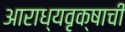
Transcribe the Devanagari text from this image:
आराध्यवृक्षाची